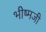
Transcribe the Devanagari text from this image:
भीष्मजी